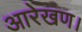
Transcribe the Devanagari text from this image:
आरेखण।